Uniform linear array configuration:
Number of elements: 4
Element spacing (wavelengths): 0.25
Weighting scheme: binomial
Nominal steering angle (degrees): -45
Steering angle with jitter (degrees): -44.05
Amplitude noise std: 0.05
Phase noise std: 0.05

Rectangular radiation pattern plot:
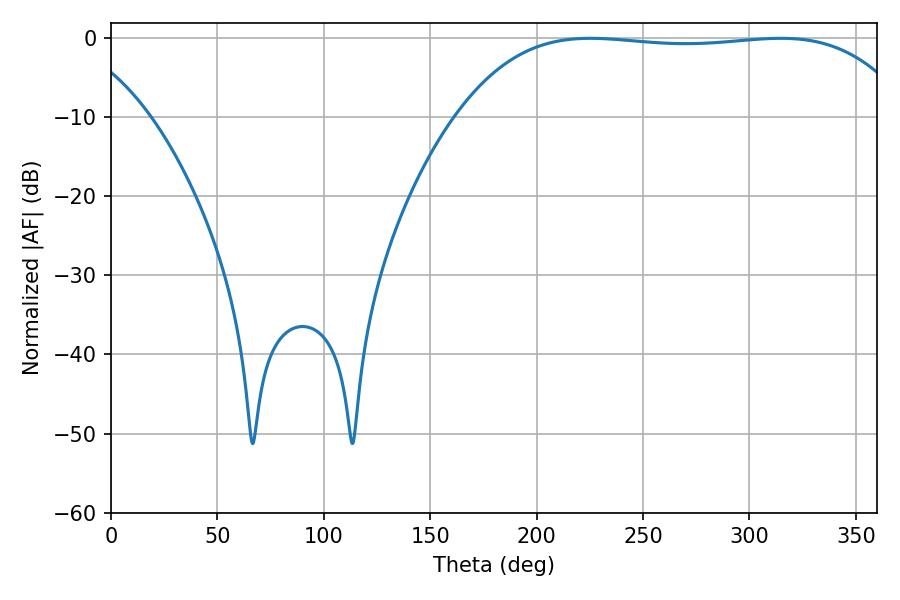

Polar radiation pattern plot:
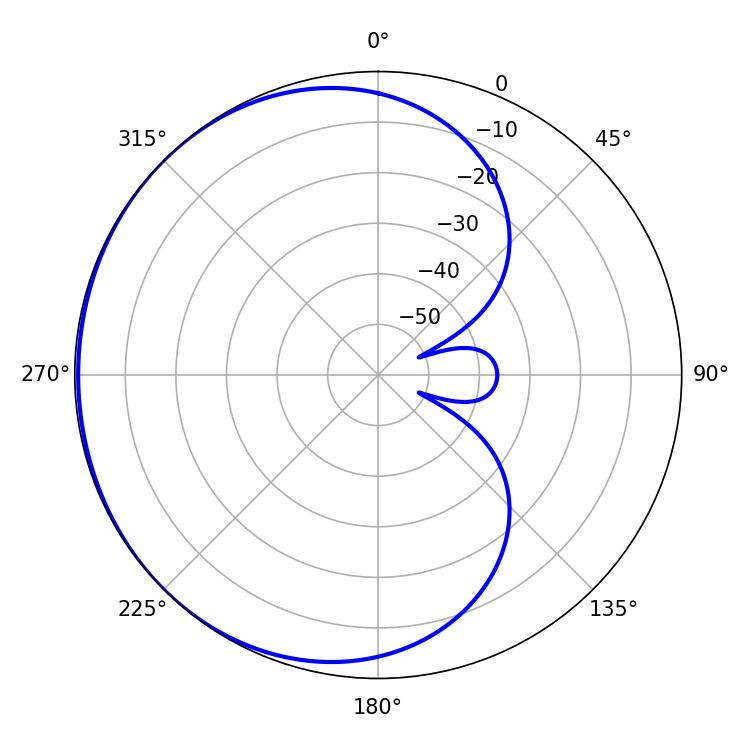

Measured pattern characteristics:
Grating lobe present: FALSE
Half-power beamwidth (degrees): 167.04
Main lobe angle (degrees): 225.18